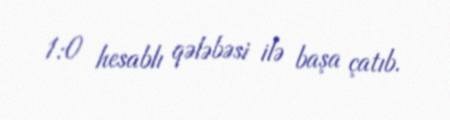
1:0 hesablı qələbəsi ilə başa çatıb.